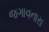
જગાવનારા